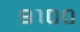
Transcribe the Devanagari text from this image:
९१००